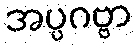
အပ္ပဂဗ္ဗာ